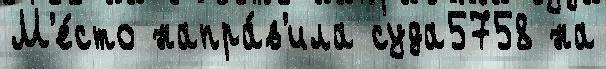
М'е́сто напра́в'ила суда5758 на